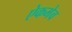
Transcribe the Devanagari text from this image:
ऐकमेव